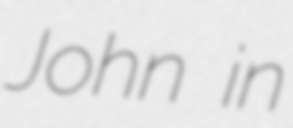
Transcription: John in